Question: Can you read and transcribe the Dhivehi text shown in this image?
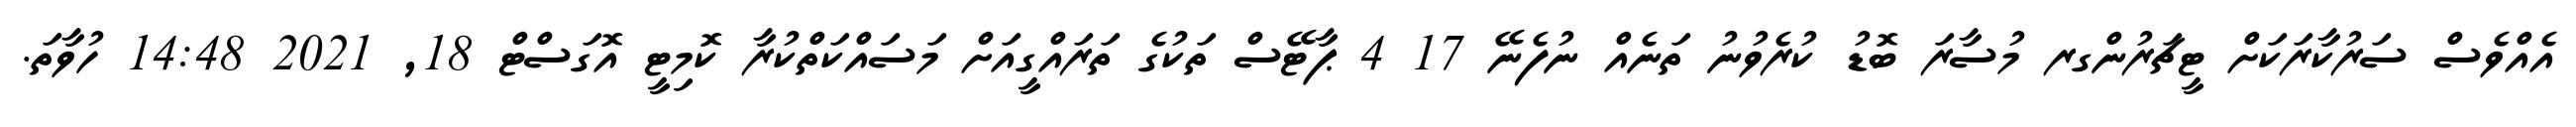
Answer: އެއްވެސް ސަރުކާރަކަށް ޓީޗަރުންގރ މުސާރަ ބޮޑު ކުރެވުނު ތަނެއް ނުފެނޭ 17 4 ޕާޓޭސް ތަކުގެ ތަރައްގީއަށް މަސައްކަތްކުރާ ކޮމިޓީ އޮގަސްޓް 18, 2021 14:48 ހުވާތަ.